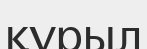
қүрыл